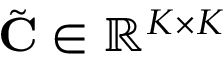
\tilde { \mathbf { C } } \in \mathbb { R } ^ { K \times K }